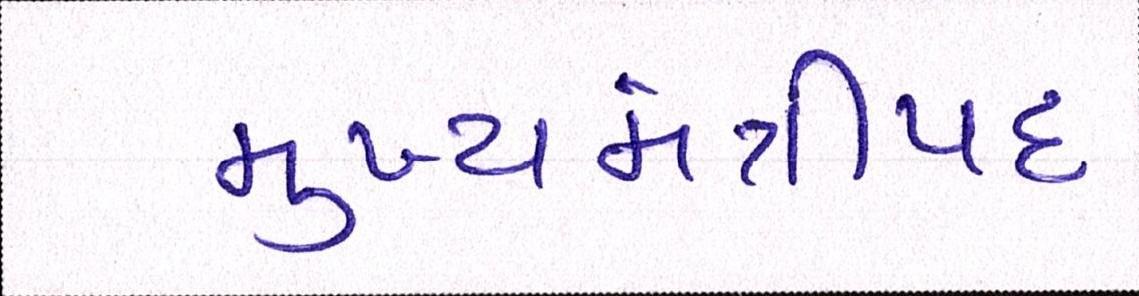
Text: મુખ્યમંત્રીપદ